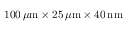
1 0 0 \, \mu \mathrm { m } \times 2 5 \, \mu \mathrm { m } \times 4 0 \, \mathrm { n m }